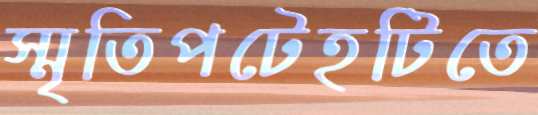
স্মৃতিপটেহটিতে